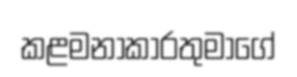
කළමනාකාරතුමාගේ